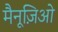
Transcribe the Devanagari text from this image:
मैनूज़िओ